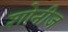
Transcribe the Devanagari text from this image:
शोनीज